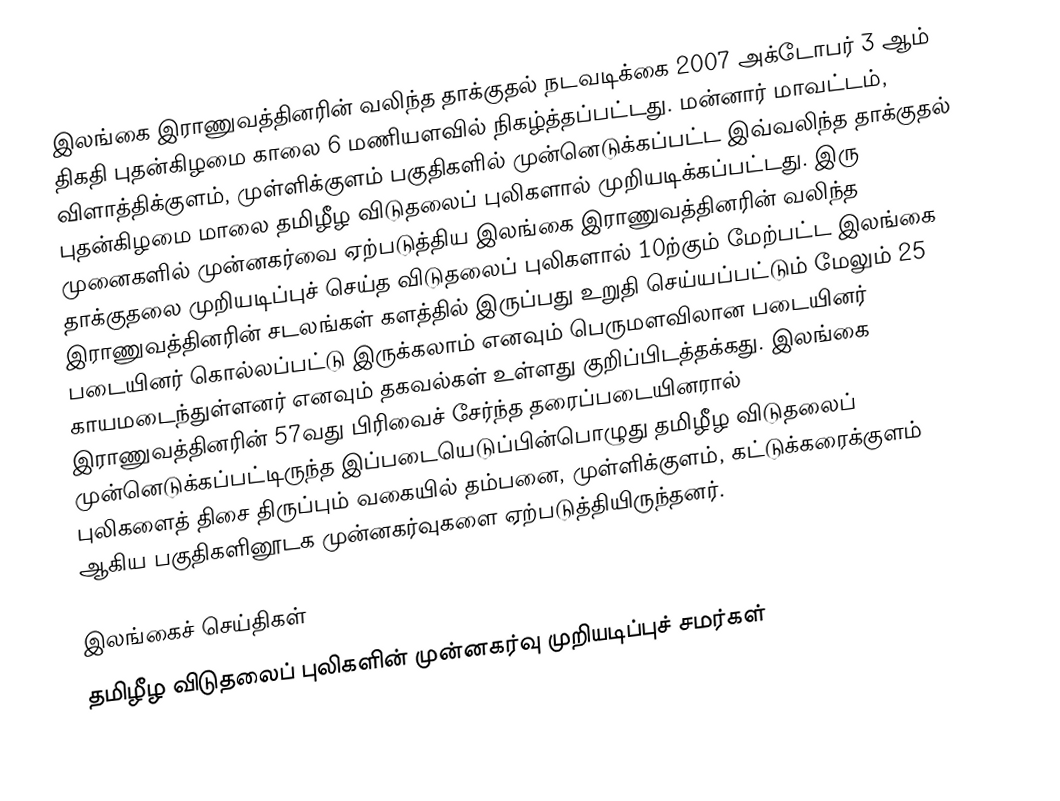
இலங்கை இராணுவத்தினரின் வலிந்த தாக்குதல் நடவடிக்கை 2007 அக்டோபர் 3 ஆம் திகதி புதன்கிழமை காலை 6 மணியளவில் நிகழ்த்தப்பட்டது. மன்னார் மாவட்டம், விளாத்திக்குளம், முள்ளிக்குளம் பகுதிகளில் முன்னெடுக்கப்பட்ட இவ்வலிந்த தாக்குதல் புதன்கிழமை மாலை தமிழீழ விடுதலைப் புலிகளால் முறியடிக்கப்பட்டது. இரு முனைகளில் முன்னகர்வை ஏற்படுத்திய இலங்கை இராணுவத்தினரின் வலிந்த தாக்குதலை முறியடிப்புச் செய்த விடுதலைப் புலிகளால் 10ற்கும் மேற்பட்ட இலங்கை இராணுவத்தினரின் சடலங்கள் களத்தில் இருப்பது உறுதி செய்யப்பட்டும் மேலும் 25 படையினர் கொல்லப்பட்டு இருக்கலாம் எனவும் பெருமளவிலான படையினர் காயமடைந்துள்ளனர் எனவும் தகவல்கள் உள்ளது குறிப்பிடத்தக்கது. இலங்கை இராணுவத்தினரின் 57வது பிரிவைச் சேர்ந்த தரைப்படையினரால் முன்னெடுக்கப்பட்டிருந்த இப்படையெடுப்பின்பொழுது தமிழீழ விடுதலைப் புலிகளைத் திசை திருப்பும் வகையில் தம்பனை, முள்ளிக்குளம், கட்டுக்கரைக்குளம் ஆகிய பகுதிகளினூடக முன்னகர்வுகளை ஏற்படுத்தியிருந்தனர்.

இலங்கைச் செய்திகள்
தமிழீழ விடுதலைப் புலிகளின் முன்னகர்வு முறியடிப்புச் சமர்கள்